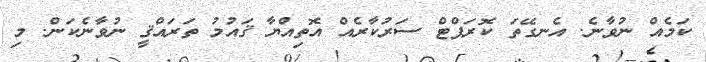
ކަމެއް ނުވާނެ. އެނގޭތަ ކޮރަޕްޓް ސަރުކާރެއް އޮތިއްޔާ ޤައުމު ތަރައްޤީ ނުވާނެކަން. މި